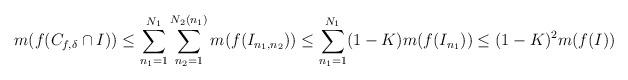
LaTeX: \begin{align*}m(f(C_{f,\delta} \cap I)) \leq \sum_{n_1=1}^{N_1} \sum_{n_2 = 1}^{N_{2}(n_1)} m (f(I_{n_1,n_2})) \leq \sum_{n_1=1}^{N_1} (1-K) m(f(I_{n_1})) \le (1-K)^2 m(f(I))\end{align*}